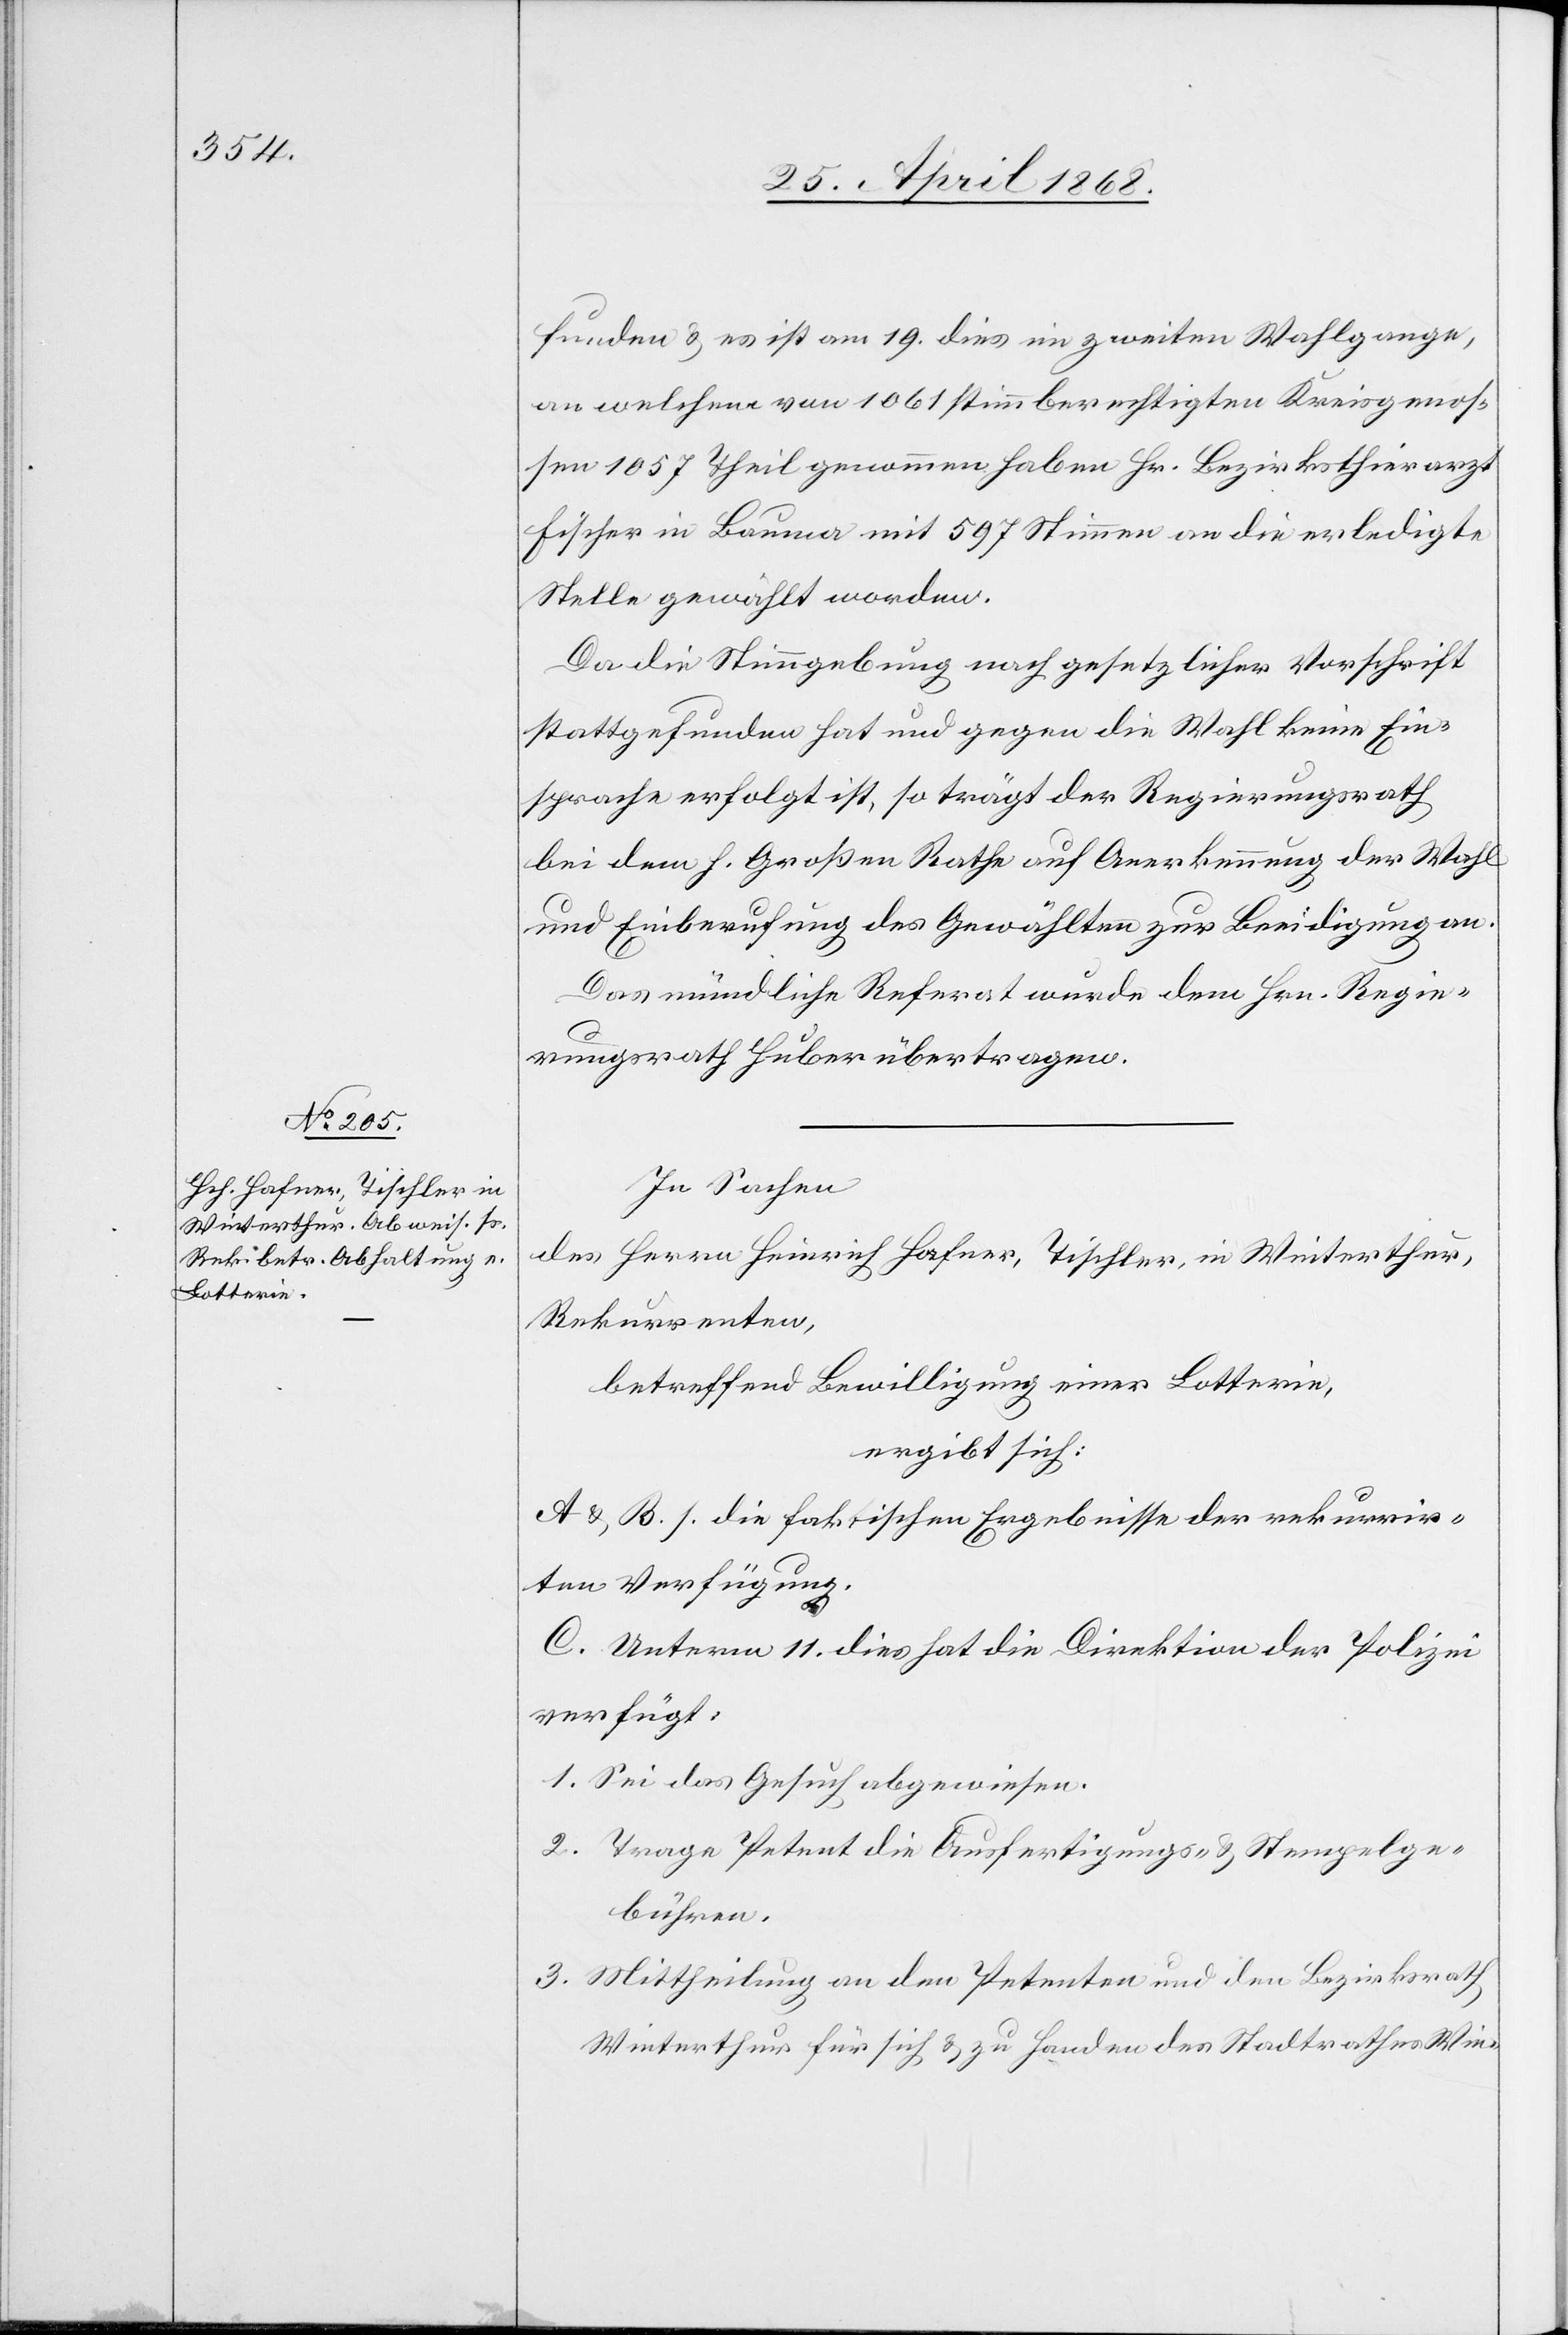
funden & es ist am 19. dies im zweiten Wahlgange,
an welchem von 1061 stimmberechtigten Kreisgenos¬
sen 1057 Theil genommen haben Hr. Bezirksthierarzt
Fischer in Bauma mit 597 Stimmen an die erledigte
Stelle gewählt worden.
Da die Stimmgebung nach gesetzlicher Vorschrift
stattgefunden hat und gegen die Wahl keine Ein¬
sprache erfolgt ist, so trägt der Regierungsrath
bei dem h. Großen Rathe auf Anerkennung der Wahl
und Einberufung des Gewählten zur Beeidigung an.
Das mündliche Referat wurde dem Hrn. Regie¬
rungsrath Huber übertragen.
In Sachen
des Herrn Heinrich Hafner, Tischler, in Winterthur,
Rekurrenten,
betreffend Bewilligung einer Lotterie,
ergibt sich:
A & B. s. die faktischen Ergebnisse der rekurrir¬
ten Verfügung.
C. Unterm 11. dies hat die Direktion der Polizei
verfügt:
Sei das Gesuch abgewiesen.
Trage Petent die Ausfertigungs- & Stempelge¬
bühren.
Mittheilung an den Petenten und den Bezirksrath
Winterthur für sich & zu Handen des Stadtrathes Win-